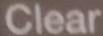
Clear